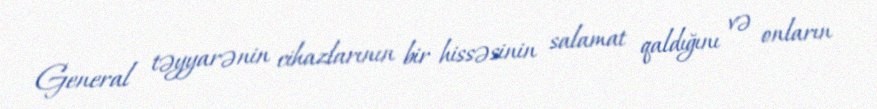
General təyyarənin cihazlarının bir hissəsinin salamat qaldığını və onların